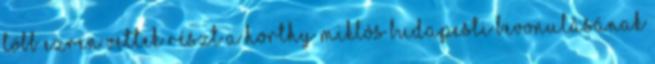
Több ezren vettek részt a Horthy Miklós budapesti bevonulásának